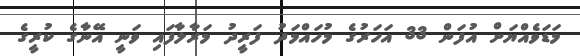
މަޑަވެއްޔަށް އުފަން 33 އަހަރުގެ މުހައްމަދު ފަރީދު މަރާލާފައި ވަނީ އޭނާގެ ކުރީގެ